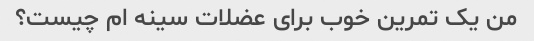
من یک تمرین خوب برای عضلات سینه ام چیست؟